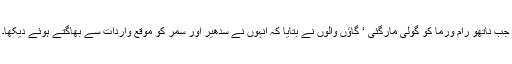
جب ناتھو رام ورما کو گولی مارگئی ‘ گاؤں والوں نے بتایا کہ انہوں نے سدھیر اور سمر کو موقع واردات سے بھاگتے ہوئے دیکھا۔